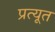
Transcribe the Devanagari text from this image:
प्रत्यूत